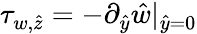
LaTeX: \tau_{w,\hat{z}}=-\partial_{\hat{y}}\hat{w}|_{\hat{y}=0}